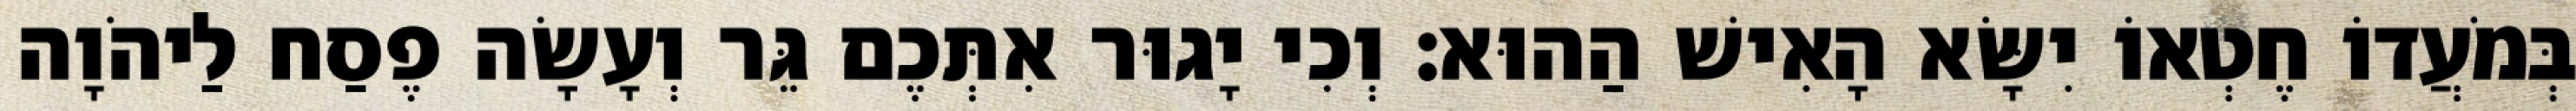
בְּמֹעֲדוֹ חֶטְאוֹ יִשָּׂא הָאִישׁ הַהוּא׃ וְכִי יָגוּר אִתְּכֶם גֵּר וְעָשָׂה פֶסַח לַיהֹוָה